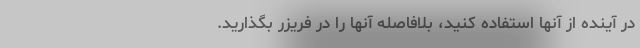
در آینده از آنها استفاده کنید، بلافاصله آنها را در فریزر بگذارید.